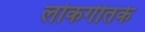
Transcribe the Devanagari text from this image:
लोकगीतके